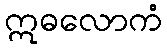
ဣဓလောကံ